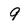
Character: 9